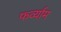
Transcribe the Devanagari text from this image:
फर्व्याम